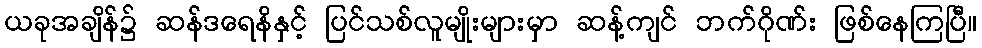
ယခုအချိန်၌ ဆန်ဒရေနိနှင့် ပြင်သစ်လူမျိုးများမှာ ဆန့်ကျင် ဘက်ဂိုဏ်း ဖြစ်နေကြပြီ။